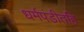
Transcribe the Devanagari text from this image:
धर्मपंडीतहि